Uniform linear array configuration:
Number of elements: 12
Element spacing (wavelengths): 0.5
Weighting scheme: uniform
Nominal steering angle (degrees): -45
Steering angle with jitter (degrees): -46.708
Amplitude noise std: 0.05
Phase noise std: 0.05

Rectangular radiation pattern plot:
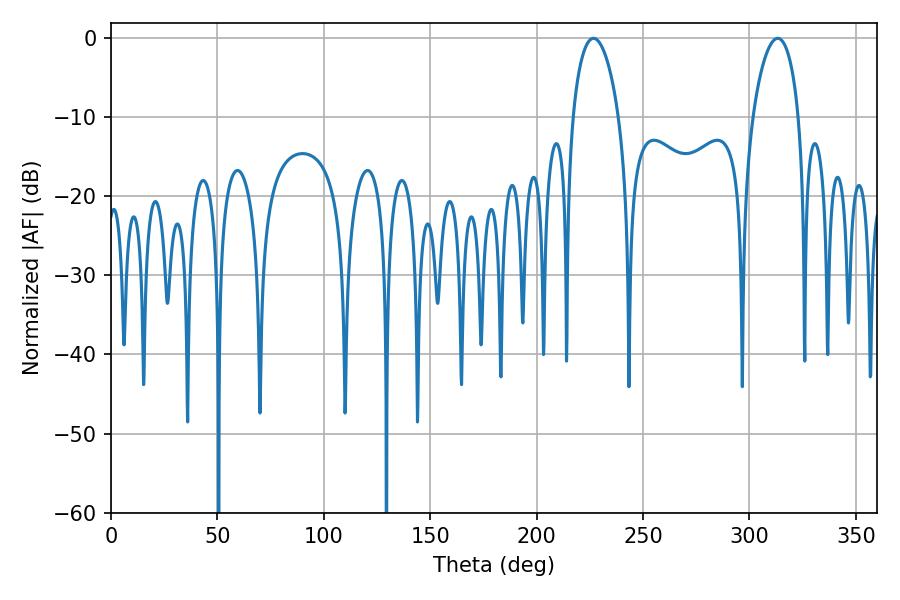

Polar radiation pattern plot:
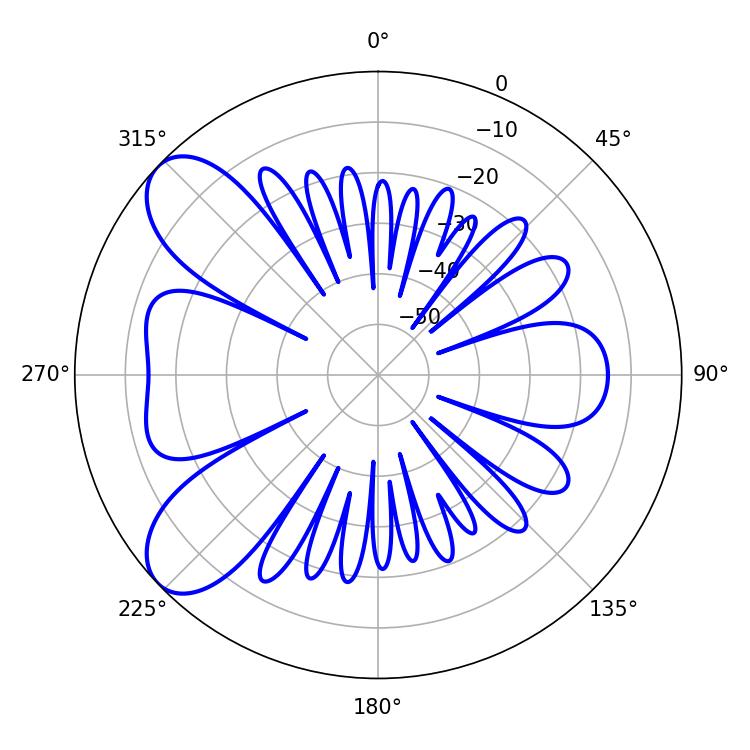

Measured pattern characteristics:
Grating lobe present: FALSE
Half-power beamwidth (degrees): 12.42
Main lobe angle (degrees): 226.8